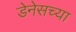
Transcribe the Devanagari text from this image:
डेनेसच्या